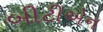
બીટીએન